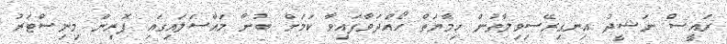
ރައީސް ނަޝީދު އިނގިރޭސިވިލާތުން ހިމާޔަތް ހޯއްދަވާފައިވާ ކަމަށް ބުނާ މައްސަލައިގައި ފޮރިން މިނިސްޓަރު